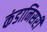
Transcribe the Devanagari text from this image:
कंडानिसरी